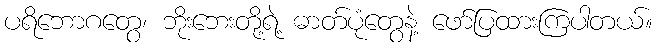
ပရိဘောဂတွေ၊ ဘိုးဘေးတို့ရဲ့ ဓာတ်ပုံတွေနဲ့ ဖော်ပြထားကြပါတယ်။